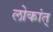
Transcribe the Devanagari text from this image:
लोकांत्‌